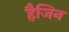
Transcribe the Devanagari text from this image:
हैजिन